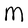
Character: M